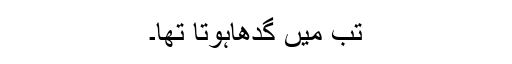
تب میں گدھاہوتا تھا۔